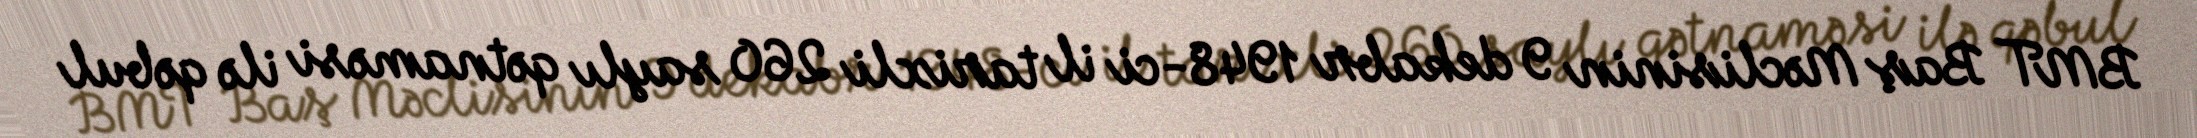
BMT Baş Məclisinin 9 dekabr 1948-ci il tarixli 260 saylı qətnaməsi ilə qəbul